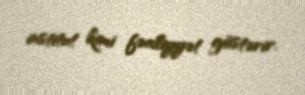
institut kimi fəaliyyət göstərir.